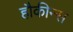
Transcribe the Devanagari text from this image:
हौकीन्स